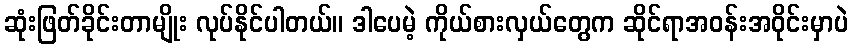
ဆုံးဖြတ်ခိုင်းတာမျိုး လုပ်နိုင်ပါတယ်။ ဒါပေမဲ့ ကိုယ်စားလှယ်တွေက ဆိုင်ရာအဝန်းအဝိုင်းမှာပဲ